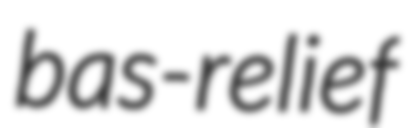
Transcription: bas-relief